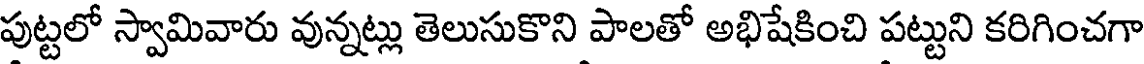
పుట్టలో స్వామివారు వున్నట్లు తెలుసుకొని పాలతో అభిషేకించి పట్టుని కరిగించగా